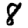
Digit: 8